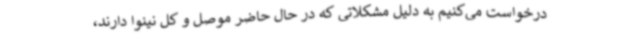
درخواست می‌کنیم به دلیل مشکلاتی که در حال حاضر موصل و کل نینوا دارند،